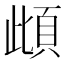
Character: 𩑽